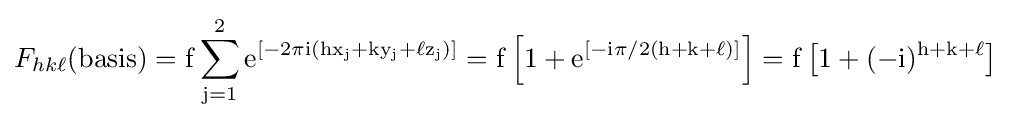
F_{hk\ell }({\rm {{basis})=f\sum _{j=1}^{2}\mathrm {e} ^{[-2\pi i(hx_{j}+ky_{j}+\ell z_{j})]}=f\left[1+\mathrm {e} ^{[-i\pi /2(h+k+\ell )]}\right]=f\left[1+(-i)^{h+k+\ell }\right]}}